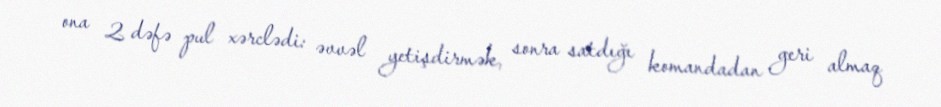
ona 2 dəfə pul xərclədi: əvvəl yetişdirmək, sonra satdığı komandadan geri almaq